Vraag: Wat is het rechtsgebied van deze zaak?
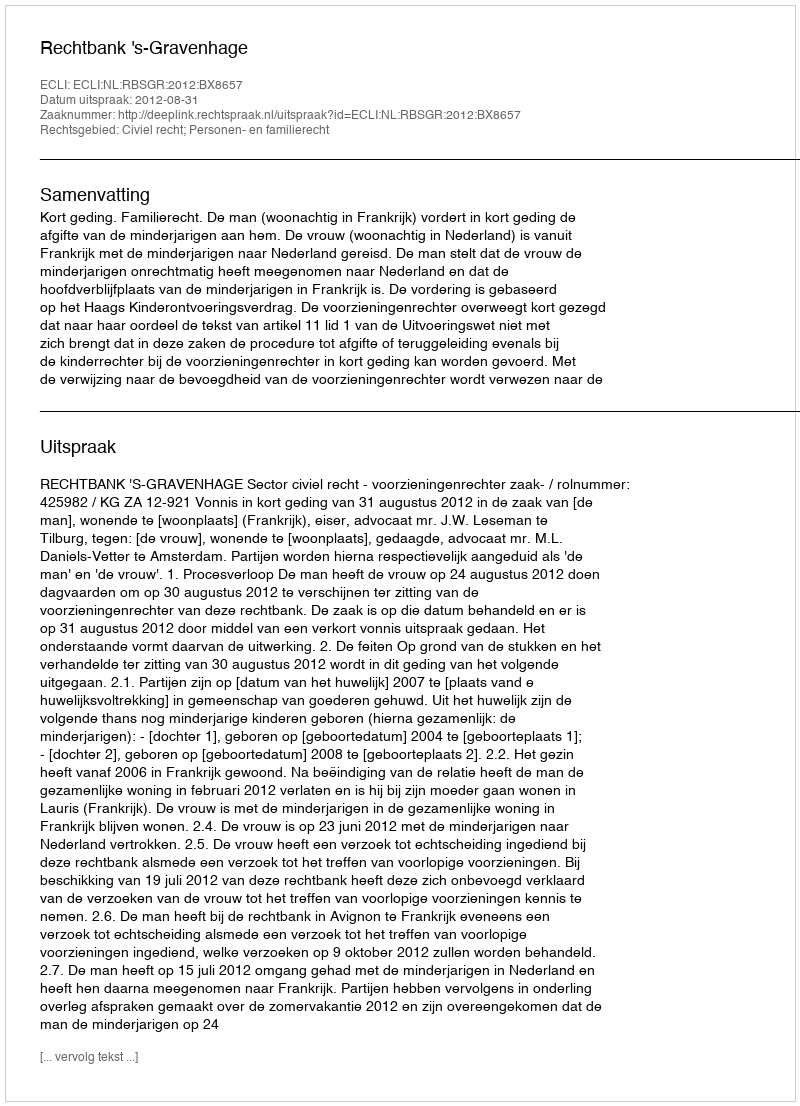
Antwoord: Civiel recht; Personen- en familierecht